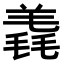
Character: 𣯠